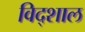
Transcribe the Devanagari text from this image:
विद्शाल